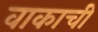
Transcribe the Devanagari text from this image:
वाकाची